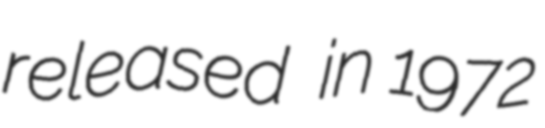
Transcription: released  in 1972